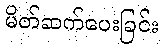
မိတ်ဆက်ပေးခြင်း